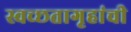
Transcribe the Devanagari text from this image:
स्वच्छतागृहांची